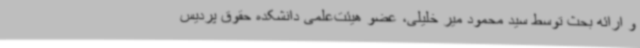
و ارائه بحث توسط سید محمود میر خلیلی، عضو هیئت‌علمی دانشکده حقوق پردیس